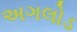
અગલોડ